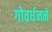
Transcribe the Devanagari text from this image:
गोवर्धनने